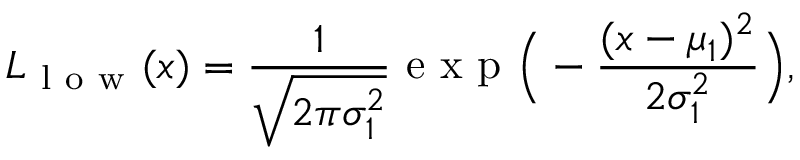
L _ { \mathrm { ~ l ~ o ~ w ~ } } ( x ) = \frac { 1 } { \sqrt { 2 \pi \sigma _ { 1 } ^ { 2 } } } \textrm { e x p } \Big ( - \frac { ( x - \mu _ { 1 } ) ^ { 2 } } { 2 \sigma _ { 1 } ^ { 2 } } \Big ) ,